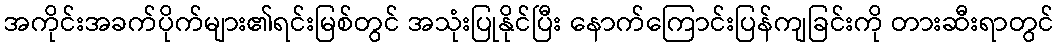
အကိုင်းအခက်ပိုက်များ၏ရင်းမြစ်တွင် အသုံးပြုနိုင်ပြီး နောက်ကြောင်းပြန်ကျခြင်းကို တားဆီးရာတွင်